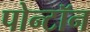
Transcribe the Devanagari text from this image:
पोन्टॉन